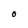
Character: O